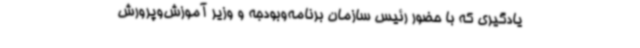
یادگیری که با حضور رئیس سازمان برنامه‌وبودجه و وزیر آموزش‌وپرورش